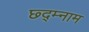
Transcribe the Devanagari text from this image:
छ्द्म्नाम